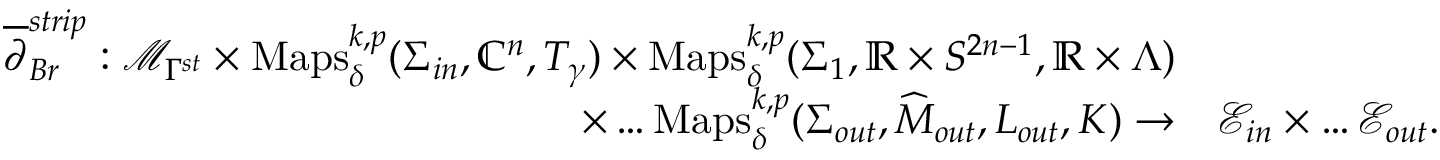
\begin{array} { r l } { \overline { { \partial } } _ { B r } ^ { s t r i p } : \mathcal { M } _ { \Gamma ^ { s t } } \times \mathrm { M a p s } _ { \delta } ^ { k , p } ( \Sigma _ { i n } , \mathbb { C } ^ { n } , T _ { \gamma } ) \times \mathrm { M a p s } _ { \delta } ^ { k , p } ( \Sigma _ { 1 } , \mathbb { R } \times S ^ { 2 n - 1 } , \mathbb { R } \times \Lambda ) } \\ { \times \dots \mathrm { M a p s } _ { \delta } ^ { k , p } ( \Sigma _ { o u t } , \widehat M _ { o u t } , L _ { o u t } , K ) \to } & { \mathcal { E } _ { i n } \times \dots \mathcal { E } _ { o u t } . } \end{array}